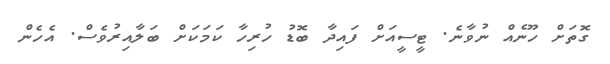
ގޮތަށް ހޫނެއް ނުވާނެ. ޓީސީއަށް ފައިދާ ބޮޑު ހުރިހާ ކަމަކަށް ބަލާއިރުވެސް. އެހެން